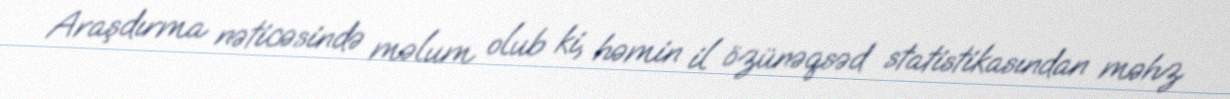
Araşdırma nəticəsində məlum olub ki, həmin il özünəqsəd statistikasından məhz